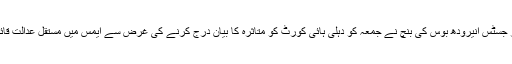
جسٹس دیپک مشرا اور جسٹس انیرودھ بوس کی بنچ نے جمعہ کو دہلی ہائی کورٹ کو متاثرہ کا بیان درج کرنے کی غرض سے ایمس میں مستقل عدالت قائم کرنے کی ہدایت دی۔